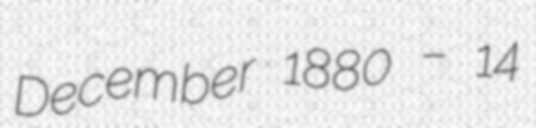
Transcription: December 1880 – 14